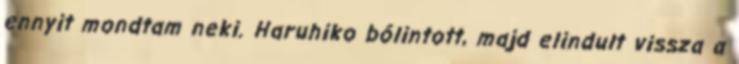
ennyit mondtam neki. Haruhiko bólintott, majd elindult vissza a